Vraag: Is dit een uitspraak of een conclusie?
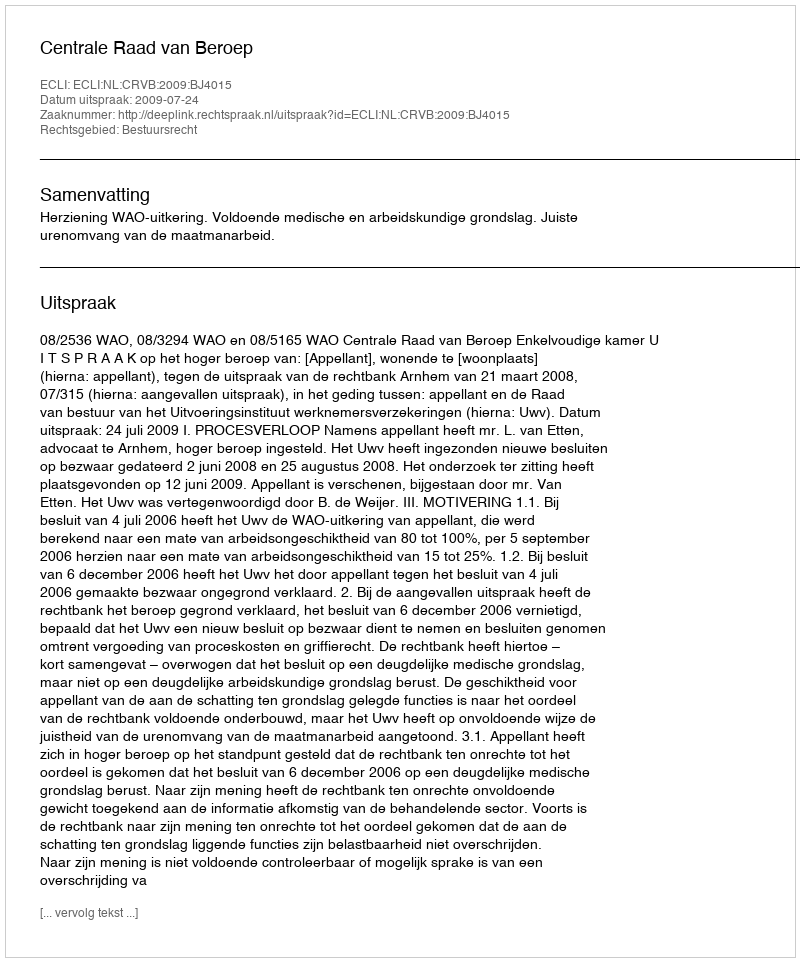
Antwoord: Uitspraak